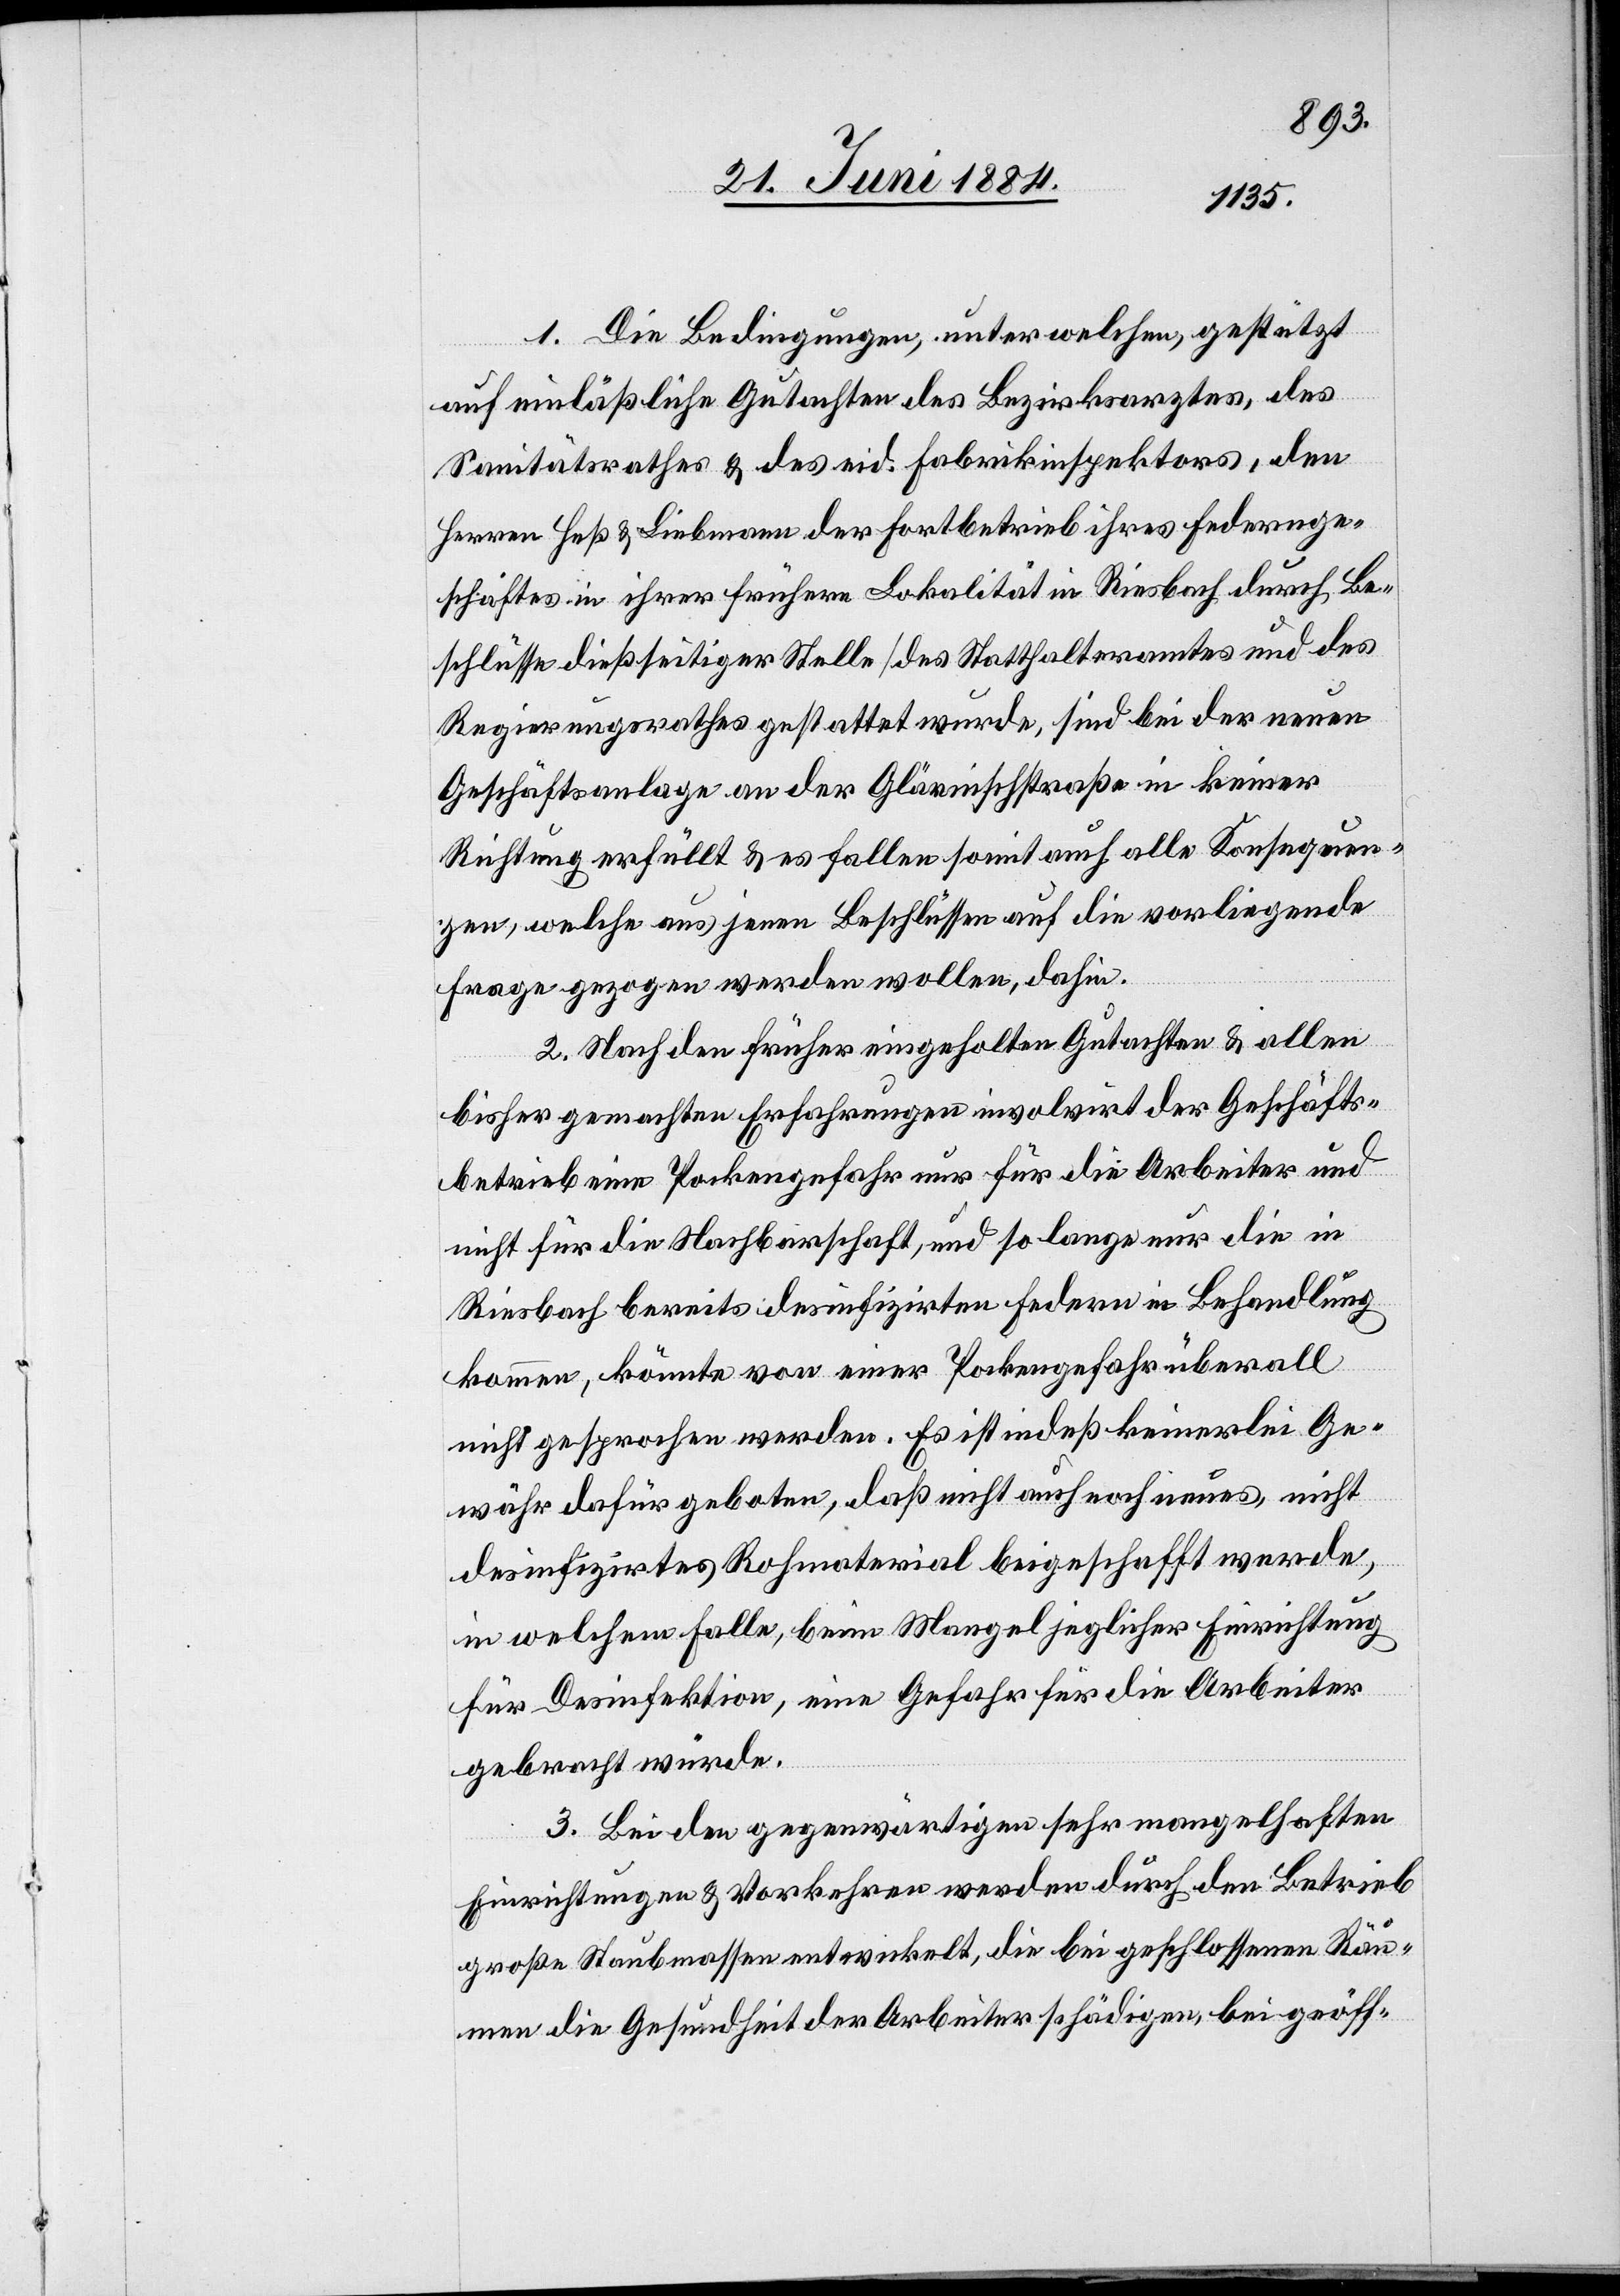
1. Die Bedingungen, unter welchen, gestützt
auf einläßliche Gutachten des Bezirksarztes, des
Sanitätsrathes & des eid. Fabrikinspektors, den
Herren Heß & Liebmann der Fortbetrieb ihres Federnge¬
schäftes in ihrer frühern Lokalität in Riesbach durch Be¬
schlüsse dießseitiger Stelle des Statthalteramtes und des
Regierungsrathes gestattet wurde, sind bei der neuen
Geschäftsanlage an der Glärnischstraße in keiner
Richtung erfüllt & es fallen somit auch alle Konsequen¬
zen, welche aus jenen Beschlüssen auf die vorliegende
Frage gezogen werden wollen, dahin.
2. Nach den früher eingeholten Gutachten & allen
bisher gemachten Erfahrungen involvirt der Geschäfts¬
betrieb eine Pockengefahr nur für die Arbeiter und
nicht für die Nachbarschaft, und so lange nur die in
Riesbach bereits desinfizirten Federn in Behandlung
kommen, könnte von einer Pockengefahr überall
nicht gesprochen werden. Es ist indeß keinerlei Ge¬
währ dafür geboten, daß nicht auch noch neues, nicht
desinfizirtes Rohmaterial beigeschafft werde,
in welchem Falle, beim Mangel jeglicher Einrichtung
für Desinfektion, eine Gefahr für die Arbeiter
gebracht würde.
3. Bei den gegenwärtigen sehr mangelhaften
Einrichtungen & Vorkehren werden durch den Betrieb
große Staubmassen entwickelt, die bei geschlossenen Räu¬
men die Gesundheit der Arbeiter schädigen, bei geöff-